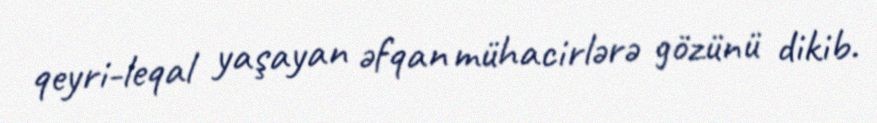
qeyri-leqal yaşayan əfqan mühacirlərə gözünü dikib.